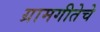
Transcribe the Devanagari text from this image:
ग्रामगीतेचे